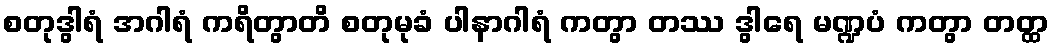
စတုဒွါရံ အဂါရံ ကရိတွာတိ စတုမုခံ ပါနာဂါရံ ကတွာ တဿ ဒွါရေ မဏ္ဍပံ ကတွာ တတ္ထ